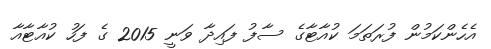
އެހެންކަމުން ފުރަތަމަ ކުއާޓާގެ ސާފު ފައިދާ ވަނީ 2015 ގެ ފަހު ކުއާޓާއާ